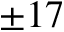
\pm 1 7